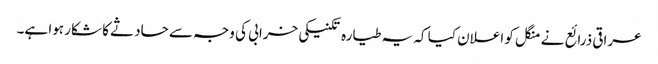
عراقی ذرائع نے منگل کو اعلان کیا کہ یہ طیارہ تکنیکی خرابی کی وجہ سے حادثے کا شکار ہوا ہے۔